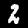
Digit: 2